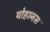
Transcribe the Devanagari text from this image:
योहानस